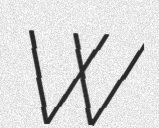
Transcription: W